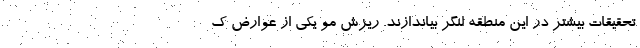
تحقیقات بیشتر در این منطقه لنگر بیاندازند. ریزش مو یکی از عوارض ک